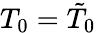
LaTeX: T_{0}=\tilde{T}_{0}